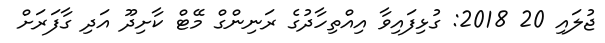
ޖުލައި 20 2018: ގުޅިފައިވާ އިއްތިހާދުގެ ރަނިންގް މޭޓް ކާށިދޫ އަދި ގާފަރަށް